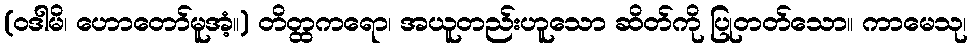
(ဝဒါမိ၊ ဟောတော်မူအံ့။) တိတ္ထကရော၊ အယူတည်းဟူသော ဆိတ်ကို ပြုတတ်သော။ ကာမေသု၊